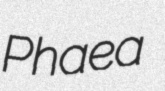
Phaea